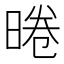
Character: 𭦣